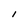
Character: I